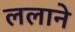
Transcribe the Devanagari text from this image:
ललाने